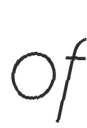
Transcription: of